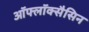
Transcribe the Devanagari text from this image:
ऑफ्लॉक्सैसिन